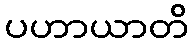
ပဟာယာတိ